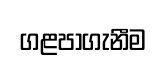
ගළපාගැනීම